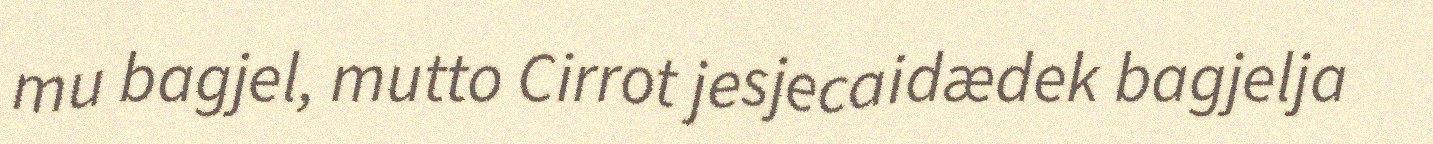
mu bagjel, mutto Cirrot jesjecaidædek bagjelja